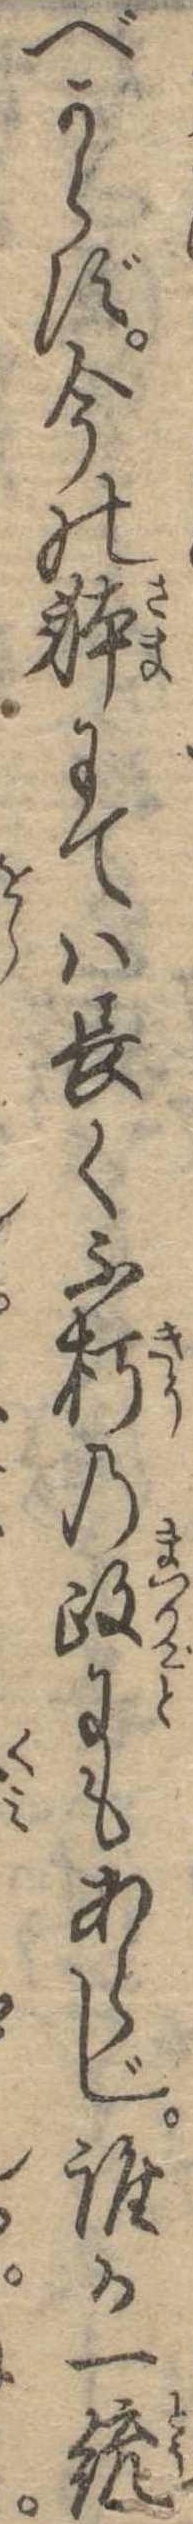
べからず今の体にては長く不朽の政にもあらじ誰か一統